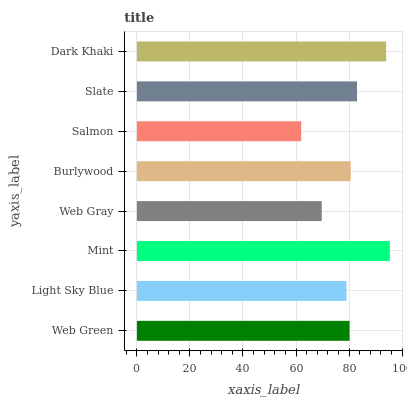
| yaxis_label | bars |
 | --- | --- |
 | Web Green | 80.2 |
 | Light Sky Blue | 79 |
 | Mint | 95.4 |
 | Web Gray | 69.7 |
 | Burlywood | 80.6 |
 | Salmon | 62 |
 | Slate | 83 |
 | Dark Khaki | 94 |